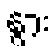
နွား